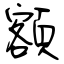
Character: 額